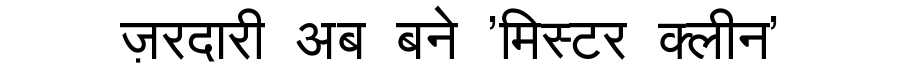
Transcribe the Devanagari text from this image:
ज़रदारी अब बने 'मिस्टर क्लीन'